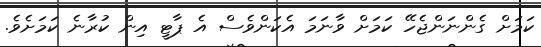
ކަމަށް ގެންނަންޖެހޭ ކަމަށް ވާނަމަ އެކަންވެސް އެ ޕާޓީ އިން ކުރާނެ ކަމަށެވެ.